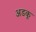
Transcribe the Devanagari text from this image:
अडकू